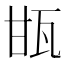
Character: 㽍